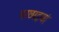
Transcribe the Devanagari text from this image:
परछाइयां